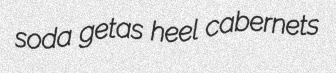
soda getas heel cabernets